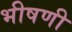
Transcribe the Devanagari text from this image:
भीषणी